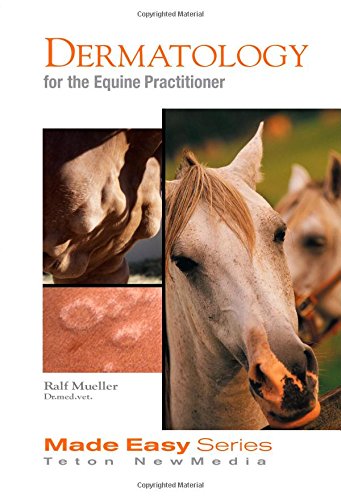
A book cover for Dermatology for the Equine Practitioner (Equine Made Easy Series); Ralf S. Mueller; Medical Books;